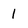
Character: 1